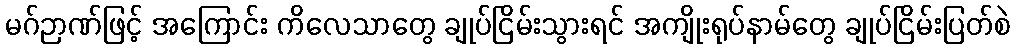
မဂ်ဉာဏ်ဖြင့် အကြောင်း ကိလေသာတွေ ချုပ်ငြိမ်းသွားရင် အကျိုးရုပ်နာမ်တွေ ချုပ်ငြိမ်းပြတ်စဲ